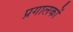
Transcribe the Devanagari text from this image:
प्रगालकों